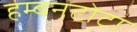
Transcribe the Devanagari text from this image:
हम्बनटोटा